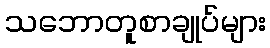
သဘောတူစာချုပ်များ